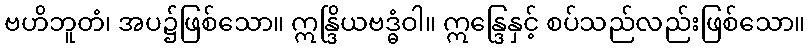
ဗဟိဘူတံ၊ အပ၌ဖြစ်သော။ ဣန္ဒြိယဗဒ္ဓံဝါ။ ဣန္ဒြေနှင့် စပ်သည်လည်းဖြစ်သော။